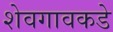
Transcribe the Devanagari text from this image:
शेवगावकडे